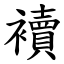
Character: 襩